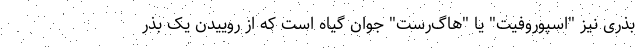
بذری نیز "اسپوروفیت" یا "هاگ‌رُست" جوان گیاه است که از روییدن یک بذر